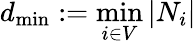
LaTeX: d_{\operatorname*{min}}:=\operatorname*{min}_{i\in V}|N_{i}|